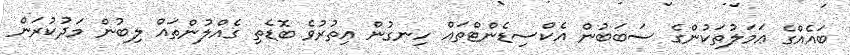
ބައެއްގެ ޢަމަލުތަކުންގެ ސަބަބުން އެކްސިޑެންޓްތައް ހިނގުން އިތުރުވެ ބޮޑެތި ގެއްލުންތައް ލިބުން މަދުކުރަން